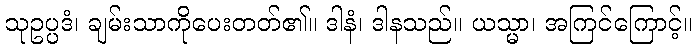
သုဥပ္ပဒံ၊ ချမ်းသာကိုပေးတတ်၏။ ဒါနံ၊ ဒါနသည်။ ယသ္မာ၊ အကြင်ကြောင့်။